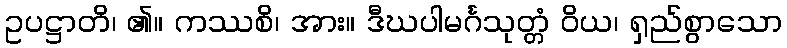
ဥပဋ္ဌာတိ၊ ၏။ ကဿစိ၊ အား။ ဒီဃပါမင်္ဂသုတ္တံ ဝိယ၊ ရှည်စွာသော